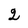
Character: 2